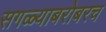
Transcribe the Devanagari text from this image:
सगळ्याबरोबरच